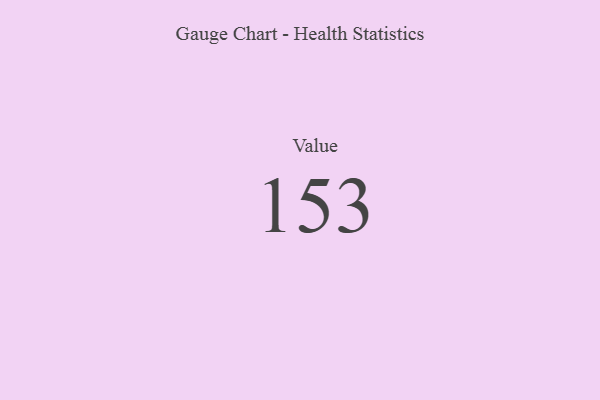
{"axis": {"x": "Metric", "y": "Value"}, "legend": [""], "data": [{"x": "Value", "y": 153, "type": ""}]}